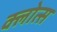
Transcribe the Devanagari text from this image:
क्लोत्स